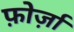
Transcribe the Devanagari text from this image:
फ़ोर्ज़ा